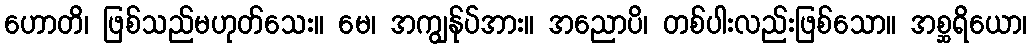
ဟောတိ၊ ဖြစ်သည်မဟုတ်သေး။ မေ၊ အကျွန်ုပ်အား။ အညောပိ၊ တစ်ပါးလည်းဖြစ်သော။ အစ္ဆရိယော၊